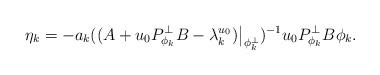
LaTeX: \begin{align*}\eta_k=-a_k((A+u_0P_{\phi_k}^{\bot}B-\lambda_k^{u_0})\big|_{\phi_k^{\bot}})^{-1}u_0P_{ \phi_k}^{\bot}B\phi_k.\end{align*}